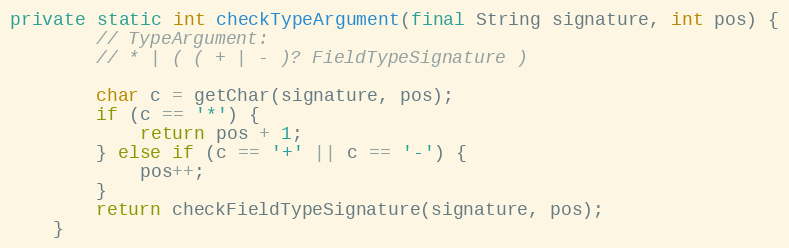
Language: Java
private static int checkTypeArgument(final String signature, int pos) {
        // TypeArgument:
        // * | ( ( + | - )? FieldTypeSignature )

        char c = getChar(signature, pos);
        if (c == '*') {
            return pos + 1;
        } else if (c == '+' || c == '-') {
            pos++;
        }
        return checkFieldTypeSignature(signature, pos);
    }